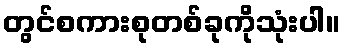
တွင်စကားစုတစ်ခုကိုသုံးပါ။